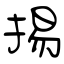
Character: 掦